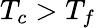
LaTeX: T_{c}>T_{f}